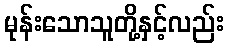
မုန်းသောသူတို့နှင့်လည်း